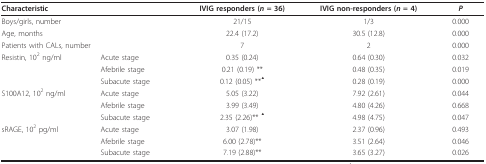
<table><thead><tr><td colspan="2"><b>Characteristic</b></td><td><b>IVIG responders (<i>n </i>= 36)</b></td><td><b>IVIG non-responders (<i>n </i>= 4)</b></td><td><b><i>P</i></b></td></tr></thead><tbody><tr><td colspan="2">Boys/girls, number</td><td>21/15</td><td>1/3</td><td>0.000</td></tr><tr><td colspan="2">Age, months</td><td>22.4 (17.2)</td><td>30.5 (12.8)</td><td>0.000</td></tr><tr><td colspan="2">Patients with CALs, number</td><td>7</td><td>2</td><td>0.000</td></tr><tr><td>Resistin, 10<sup>2 </sup>ng/ml</td><td>Acute stage</td><td>0.35 (0.24)</td><td>0.64 (0.30)</td><td>0.032</td></tr><tr><td>[EMPTY_CELL]</td><td>Afebrile stage</td><td>0.21 (0.19) **</td><td>0.48 (0.35)</td><td>0.019</td></tr><tr><td>[EMPTY_CELL]</td><td>Subacute stage</td><td>0.12 (0.05) **<sup>▲</sup></td><td>0.28 (0.19)</td><td>0.000</td></tr><tr><td>S100A12, 10<sup>2 </sup>ng/ml</td><td>Acute stage</td><td>5.05 (3.22)</td><td>7.92 (2.61)</td><td>0.044</td></tr><tr><td>[EMPTY_CELL]</td><td>Afebrile stage</td><td>3.99 (3.49)</td><td>4.80 (4.26)</td><td>0.668</td></tr><tr><td>[EMPTY_CELL]</td><td>Subacute stage</td><td>2.35 (2.26)** <sup>▲</sup></td><td>4.98 (4.75)</td><td>0.047</td></tr><tr><td>sRAGE, 10<sup>2 </sup>pg/ml</td><td>Acute stage</td><td>3.07 (1.98)</td><td>2.37 (0.96)</td><td>0.493</td></tr><tr><td>[EMPTY_CELL]</td><td>Afebrile stage</td><td>6.00 (2.78)**</td><td>3.51 (2.64)</td><td>0.046</td></tr><tr><td>[EMPTY_CELL]</td><td>Subacute stage</td><td>7.19 (2.88)**</td><td>3.65 (3.27)</td><td>0.026</td></tr></tbody></table>